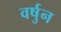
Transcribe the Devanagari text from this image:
वर्षुन